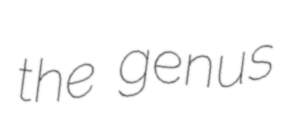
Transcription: the genus